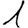
Digit: 1